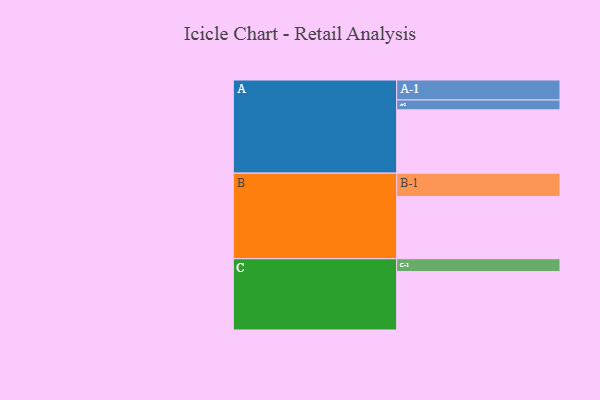
{"axis": {"x": "Segment", "y": "Value"}, "legend": ["", "A", "B", "C"], "data": [{"x": "A", "y": 564, "type": ""}, {"x": "B", "y": 555, "type": ""}, {"x": "C", "y": 521, "type": ""}, {"x": "A-1", "y": 178, "type": "A"}, {"x": "A-2", "y": 88, "type": "A"}, {"x": "B-1", "y": 208, "type": "B"}, {"x": "C-1", "y": 114, "type": "C"}]}